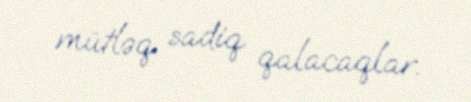
mütləq sadiq qalacaqlar.